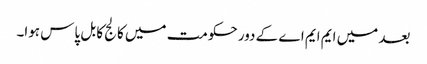
بعد میں ایم ایم اے کے دور حکومت میں کالج کا بل پاس ہوا۔